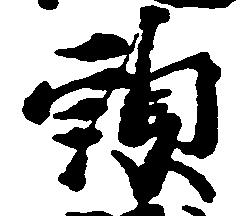
頭